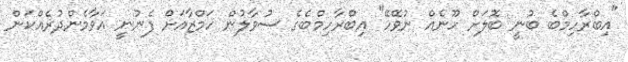
"އިބްރާހިމްބެ ބުނީ ބޮލަށް ހޫނެއް ނުވޭހޭ" އިބްރާހިމްބެގެ ސުވާލުން ހަމްޒާއަށް ފެނުނީ އަވާމެންދުރެއްކަން